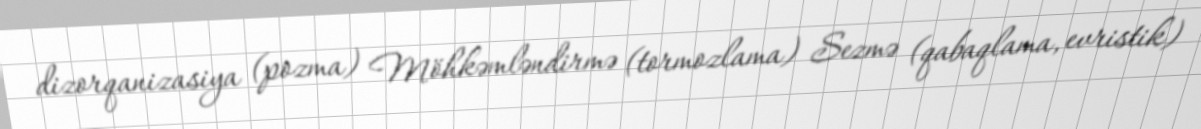
dizorqanizasiya (pozma) Möhkəmləndirmə (tormozlama) Sezmə (qabaqlama, evristik)